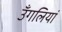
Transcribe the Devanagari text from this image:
उँगलियां